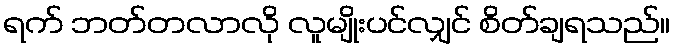
ရက် ဘတ်တလာလို လူမျိုးပင်လျှင် စိတ်ချရသည်။